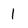
Character: 1